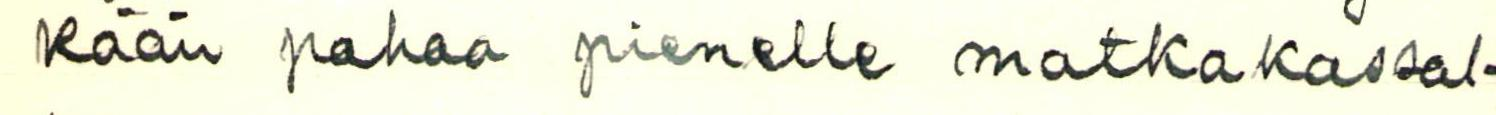
kään pahaa pienelle matkakassal-